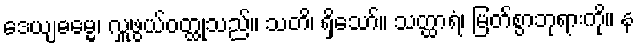
ဒေယျဓမ္မေ၊ လှူဖွယ်ဝတ္ထုသည်။ သတိ၊ ရှိသော်။ သတ္ထာရံ၊ မြတ်စွာဘုရားကို။ န